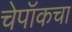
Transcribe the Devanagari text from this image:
चेपॉकचा